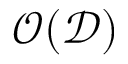
\mathcal { O } ( \mathcal { D } )